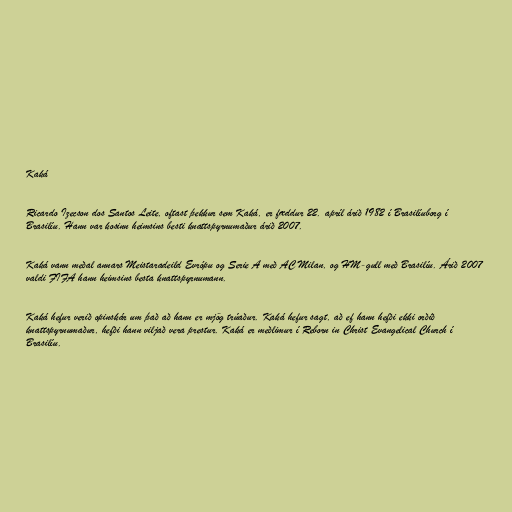
Kaká

Ricardo Izecson dos Santos Leite, oftast þekkur sem Kaká, er fæddur 22. apríl árið 1982 í Brasilíuborg í
Brasilíu. Hann var kosinn heimsins besti knattspyrnumaður árið 2007.

Kaká vann meðal annars Meistaradeild Evrópu og Serie A með AC Milan, og HM-gull með Brasilíu. Árið 2007
valdi FIFA hann heimsins besta knattspyrnumann.

Kaká hefur verið opinskár um það að hann er mjög trúaður. Kaká hefur sagt, að ef hann hefði ekki orðið
knattspyrnumaður, hefði hann viljað vera prestur. Kaká er meðlimur í Reborn in Christ Evangelical Church í
Brasilíu.